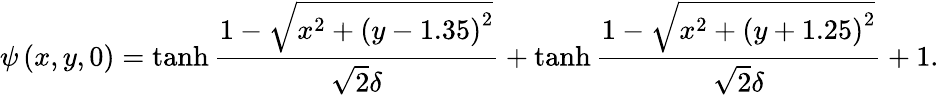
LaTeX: \psi\left(x,y,0\right)=\operatorname{tanh}{\frac{1-\sqrt{x^{2}+\left(y-1.35\right)^{2}}}{\sqrt{2}\delta}}+\operatorname{tanh}{\frac{1-\sqrt{x^{2}+\left(y+1.25\right)^{2}}}{\sqrt{2}\delta}}+1.